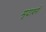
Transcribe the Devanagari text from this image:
मृदावर्ग